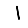
Digit: 1